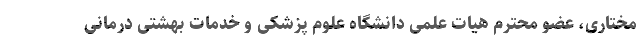
مختاری، عضو محترم هیات علمی دانشگاه علوم پزشکی و خدمات بهشتی درمانی